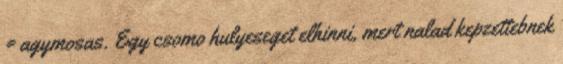
= agymosas. Egy csomo hulyeseget elhinni, mert nalad kepzettebnek